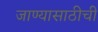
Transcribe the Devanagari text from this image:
जाण्यासाठीची